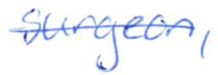
Text: surgeon,
Cross-out: mix
Writing tool: ballpoint